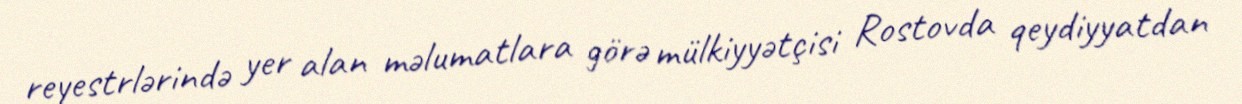
reyestrlərində yer alan məlumatlara görə mülkiyyətçisi Rostovda qeydiyyatdan